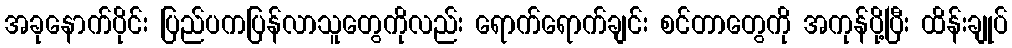
အခုနောက်ပိုင်း ပြည်ပကပြန်လာသူတွေကိုလည်း ရောက်ရောက်ချင်း စင်တာတွေကို အကုန်ပို့ပြီး ထိန်းချုပ်